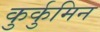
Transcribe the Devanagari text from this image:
कुर्कुमिन